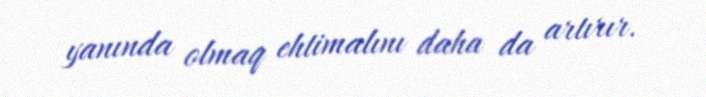
yanında olmaq ehtimalını daha da artırır.